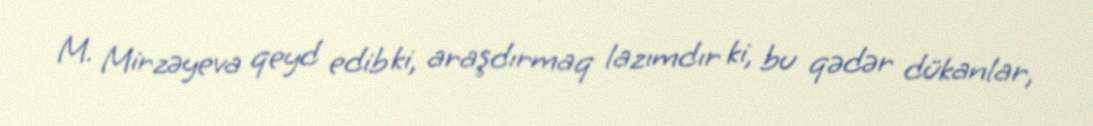
M. Mirzəyeva qeyd edib ki, araşdırmaq lazımdır ki, bu qədər dükanlar,